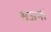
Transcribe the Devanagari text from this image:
भजनीं